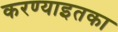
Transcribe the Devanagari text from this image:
करण्याइतका